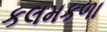
કલમકળા